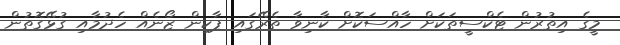
މީގެ އިތުރުން ޓެކްސީތަކަށް ހާއްސަކޮށް ކާނިވާ ތެރޭގައި ޕާކިން ޒޯނެއް ހެދުމާއި ގުޅޭގޮތުން